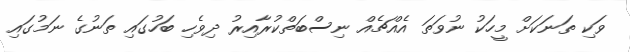
ވަކި ތަނަކަށް މީހަކު ނުވަތަ އެއްޗެއް ނިސްބަތްކުރާއިރު ދިވެހި ބަހުގައި ތަނުގެ ނަމުގައި